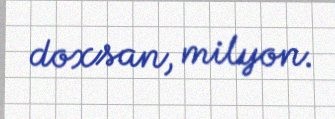
doxsan, milyon.